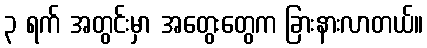
၃ ရက် အတွင်းမှာ အတွေးတွေက ခြားနားလာတယ်။